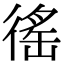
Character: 徭